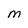
Character: M